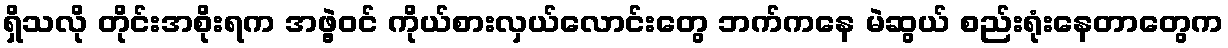
ရှိသလို တိုင်းအစိုးရက အဖွဲ့ဝင် ကိုယ်စားလှယ်လောင်းတွေ ဘက်ကနေ မဲဆွယ် စည်းရုံးနေတာတွေက